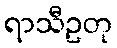
ရာသီဥတု